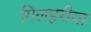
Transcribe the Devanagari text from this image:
गिलहरीया